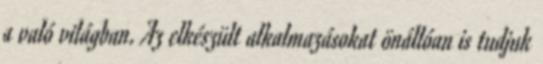
a való világban. Az elkészült alkalmazásokat önállóan is tudjuk